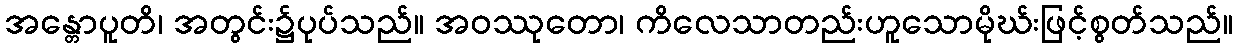
အန္တောပူတိ၊ အတွင်း၌ပုပ်သည်။ အဝဿုတော၊ ကိလေသာတည်းဟူသောမိုဃ်းဖြင့်စွတ်သည်။